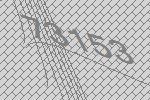
73153